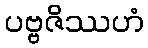
ပဗ္ဗဇိဿဟံ